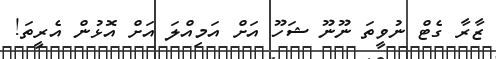
ޒާރާ ގެޓް ނުވީތަ ނޫނޫ ޝަހޫ އަށް އަމިއްލަ އަށް އޮޅުން އެރީތަ!